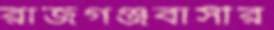
রাজগঞ্জবাসীর